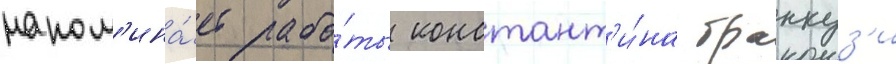
напом'ина́ет рабо́ты констант'и́на бранкуз'и